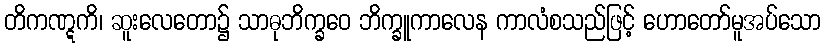
တိကဏ္ဋကိ၊ ဆူးလေတော၌ သာဓုဘိက္ခဝေ ဘိက္ခူကာလေန ကာလံစသည်ဖြင့် ဟောတော်မူအပ်သော